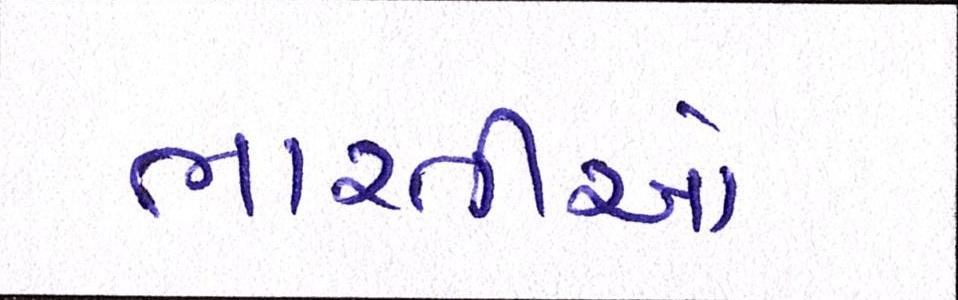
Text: ભારતીયો